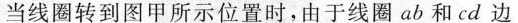
当线圈转到图甲所示位置时，由于线圈ab和cd边